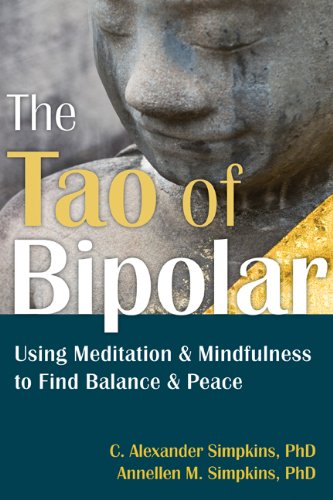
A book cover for The Tao of Bipolar: Using Meditation and Mindfulness to Find Balance and Peace; C. Alexander Simpkins PhD; Health, Fitness & Dieting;